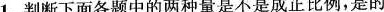
1.判断下面各题中的两种量是不是成正比例，是的